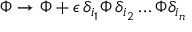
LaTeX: \Phi \rightarrow \Phi + \epsilon \, \delta _ { i _ { 1 } } \Phi \, \delta _ { i _ { 2 } } \ldots \Phi \delta _ { i _ { n } }